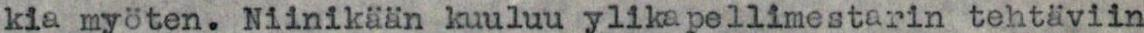
kia myöten. Niinikään kuuluu ylikapellimestarin tehtäviin